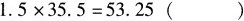
$$1.5 \times 35.5 = 53.25()$$